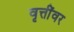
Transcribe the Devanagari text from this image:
वृत्तींवर